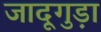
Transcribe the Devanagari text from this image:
जादूगुड़ा